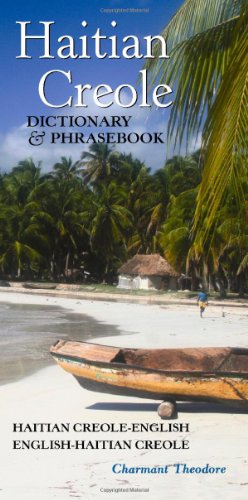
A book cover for Haitian Creole Dictionary and Phrasebook: Haitian Creole-english, English-haitian Creole (Hippocrene Dictionary & Phrasebook) (Haitian Edition); Charmant Theodore; Reference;